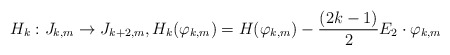
\begin{align*}H_{k}:J_{k,m}\to J_{k+2,m}, H_{k}(\varphi_{k,m})=H(\varphi_{k,m})-\frac{(2k-1)}{2}E_2\cdot\varphi_{k,m}\end{align*}